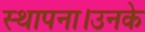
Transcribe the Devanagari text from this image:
स्थापना।उनके